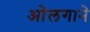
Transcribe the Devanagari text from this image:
ओलगाने